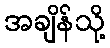
အချိန်သို့